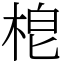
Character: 梎